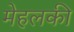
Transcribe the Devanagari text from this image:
मेहलकी